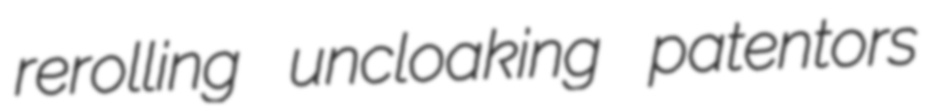
rerolling uncloaking patentors